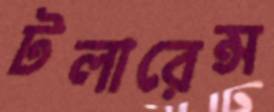
টলারেন্স